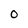
Character: O